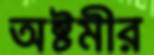
অষ্টমীর